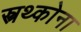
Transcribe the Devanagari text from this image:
स्त्रथ्कोना